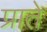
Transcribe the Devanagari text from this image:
प्राते